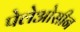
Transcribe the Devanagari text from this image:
पेलेओसीन